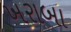
ખરાબા